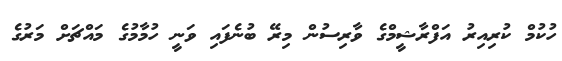
ހުކުމް ކުރިއިރު އަފްރާޝީމްގެ ވާރިސުން މިރޭ ބުނެފައި ވަނީ ހުމާމުގެ މައްޗަށް މަރުގެ